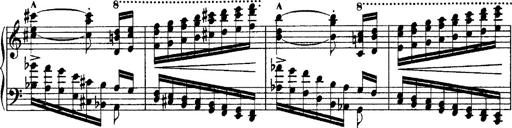
Title: Grandes Ã©tudes de Paganini
Composer: Franz Liszt